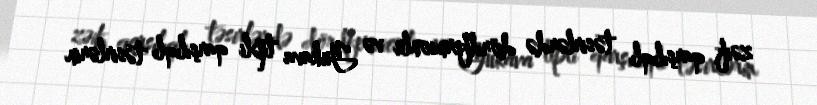
zəif qarşılıqlı təsirlərdə dördfermionlu və Yukava tipli qarşılıqlı təsirlərin